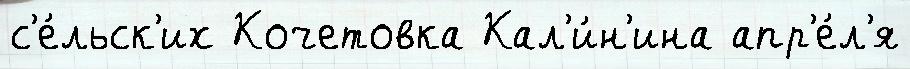
с'е́льск'их Кочетовка Кал'и́н'ина апр'е́л'я